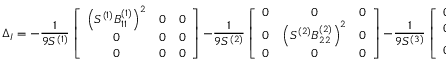
\Delta _ { I } = - \frac { 1 } { 9 S ^ { ( 1 ) } } \left[ \begin{array} { c c c } { \left( S ^ { ( 1 ) } B _ { 1 1 } ^ { ( 1 ) } \right) ^ { 2 } } & { 0 } & { 0 } \\ { 0 } & { 0 } & { 0 } \\ { 0 } & { 0 } & { 0 } \end{array} \right] \, - \frac { 1 } { 9 S ^ { ( 2 ) } } \left[ \begin{array} { c c c } { 0 } & { 0 } & { 0 } \\ { 0 } & { \left( S ^ { ( 2 ) } B _ { 2 2 } ^ { ( 2 ) } \right) ^ { 2 } } & { 0 } \\ { 0 } & { 0 } & { 0 } \end{array} \right] \, - \frac { 1 } { 9 S ^ { ( 3 ) } } \left[ \begin{array} { c c c } { 0 } & { 0 } & { 0 } \\ { 0 } & { 0 } & { 0 } \\ { 0 } & { 0 } & { \left( S ^ { ( 3 ) } B _ { 3 3 } ^ { ( 3 ) } \right) ^ { 2 } } \end{array} \right] \, ,